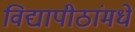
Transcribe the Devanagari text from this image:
विद्यापीठांमधे